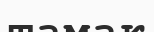
тамак